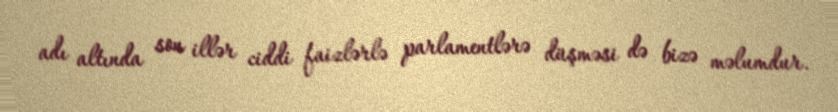
adı altında son illər ciddi faizlərlə parlamentlərə düşməsi də bizə məlumdur.